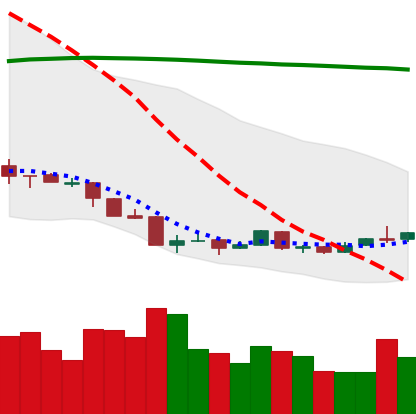
Ticker: ETH-USD
Chart end date: 2018-04-10
Forward return: 28.355%
Label: up_7plus